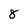
Character: 8